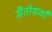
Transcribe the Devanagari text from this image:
सैंतीसवाँ